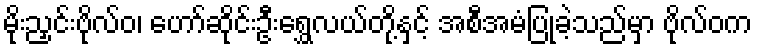
မိုးညှင်းဗိုလ်ဝ၊ ဟော်ဆိုင်းဦးရွှေလယ်တို့နှင့် အစီအမံပြုခဲ့သည်မှာ ဗိုလ်ဝက